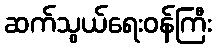
ဆက်သွယ်ရေးဝန်ကြီး